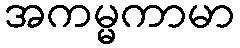
အကမ္မကာမာ